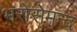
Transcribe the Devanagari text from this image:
भरोसेमन्द